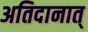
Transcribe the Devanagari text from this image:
अतिदानात्